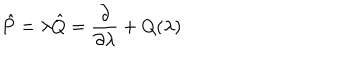
\hat { P } = \lambda \hat { Q } = { \frac { \partial } { \partial \lambda } } + Q ( \lambda )